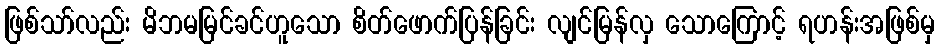
ဖြစ်သာ်လည်း မိဘမမြင်ခင်ဟူသော စိတ်ဖောက်ပြန်ခြင်း လျင်မြန်လှ သောကြောင့် ရဟန်းအဖြစ်မှ